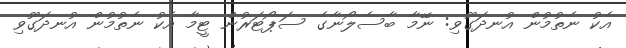
އެކު ނެތުމުން އުނދަގޫވި: ނޭމާ ބާސެލޯނާގެ ސަޕޯޓަރުން ޓީމާ އެކު ނެތުމުން އުނދަގޫވި